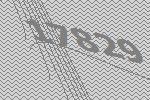
17829